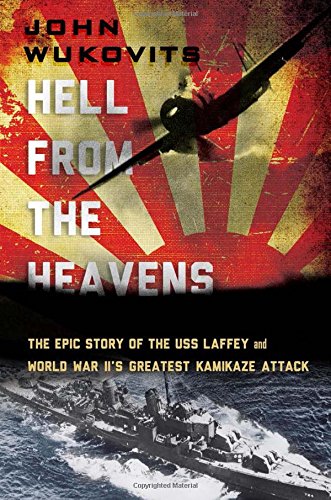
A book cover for Hell from the Heavens: The Epic Story of the USS Laffey and World War II's Greatest Kamikaze Attack; John Wukovits; History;